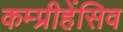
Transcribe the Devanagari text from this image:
कम्प्रीहेंसिव